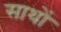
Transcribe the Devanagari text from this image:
साथों